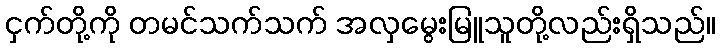
ငှက်တို့ကို တမင်သက်သက် အလှမွေးမြူသူတို့လည်းရှိသည်။